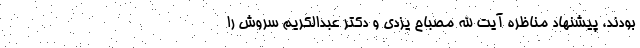
بودند، پیشنهاد مناظره آیت الله مصباح یزدی و دکتر عبدالکریم سروش را